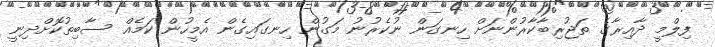
ފިލްމީ ދާއިރާގެ ތަޖުރިބާކާރުންނަށް ހިނގަން ނުކެރުނު މަގުން ހިނގައިގެން އެމީހުން ކަމެއް ސާބިތުކޮށްދިނީ